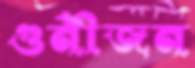
গুনীজন